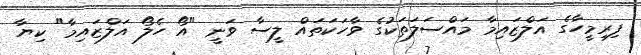
ފިރިމީހާގެ އަލްޒައިމާ މައްސަލަތަކުގެ ވާހަކަތައް ލީސާ ވަނީ "އޯ ހެލޯ އަލްޒައިމާ" ކިޔާ